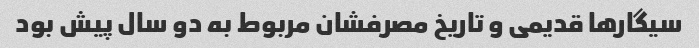
سیگارها قدیمی و تاریخ مصرفشان مربوط به دو سال پیش بود